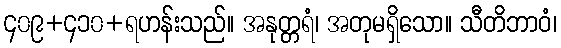
၄၀၉+၄၁၀+ရဟန်းသည်။ အနုတ္တရံ၊ အတုမရှိသော။ သီတိဘာဝံ၊